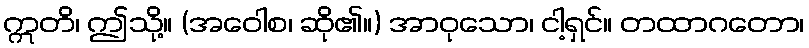
ဣတိ၊ ဤသို့။ (အဝေါစ၊ ဆို၏။) အာဝုသော၊ ငါ့ရှင်။ တထာဂတော၊